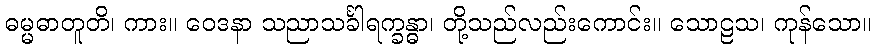
ဓမ္မဓာတူတိ၊ ကား။ ဝေဒနာ သညာသင်္ခါရက္ခန္ဓာ၊ တို့သည်လည်းကောင်း။ သောဠသ၊ ကုန်သော။